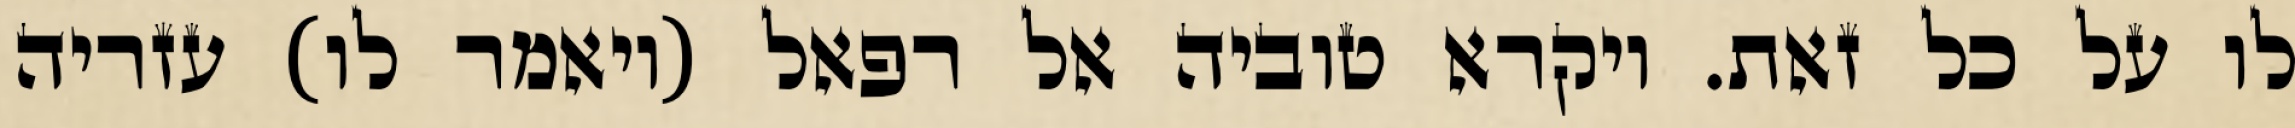
לו על כל זאת. ויקרא טוביה אל רפאל (ויאמר לו) עזריה